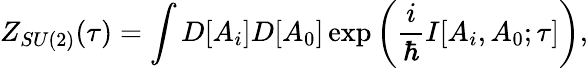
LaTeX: Z_{SU(2)}(\tau)=\int D[A_{i}]D[A_{0}]\exp\left(\frac{i}{\hbar}I[A_{i},A_{0};\tau]\right),